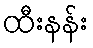
ထီးနန်း